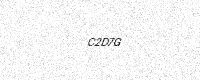
Text: C2D7G